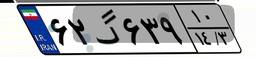
۹۳گ۲۸۴۴۱